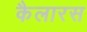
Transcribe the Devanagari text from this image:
कैलारस